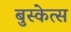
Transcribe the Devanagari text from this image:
बुस्केत्स